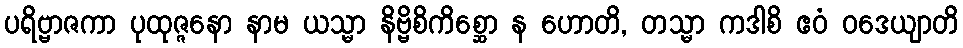
ပရိဗ္ဗာဇကာ ပုထုဇ္ဇနော နာမ ယသ္မာ နိဗ္ဗိစိကိစ္ဆော န ဟောတိ, တသ္မာ ကဒါစိ ဧဝံ ဝဒေယျာတိ